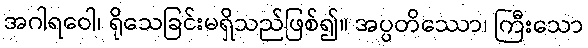
အဂါရဝေါ၊ ရိုသေခြင်းမရှိသည်ဖြစ်၍။ အပ္ပတိဿော၊ ကြီးသော